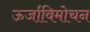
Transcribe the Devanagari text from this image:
ऊर्जाविमोचन